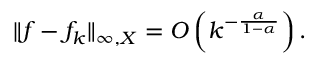
\| f - f _ { k } \| _ { \infty , X } = O \left( k ^ { - { \frac { \alpha } { 1 - \alpha } } } \right) .